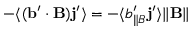
- \langle { ( { \bf { b } } ^ { \prime } \cdot { \bf { B } } ) { \bf { j } } ^ { \prime } } \rangle = - \langle { b _ { \parallel B } ^ { \prime } { \bf { j } } ^ { \prime } } \rangle \| { \bf { B } } \|